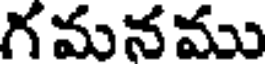
గమనము